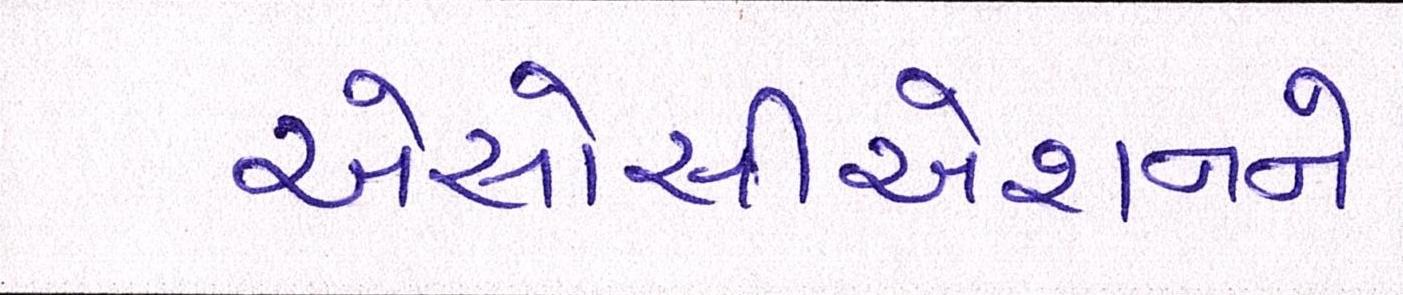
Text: એસોસીએશનને